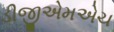
ડીજીએમએચ